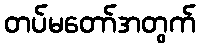
တပ်မတော်အတွက်